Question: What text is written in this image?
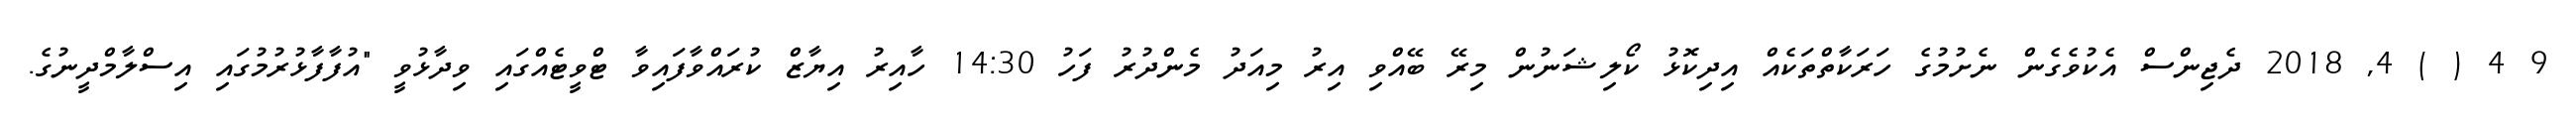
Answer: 9 4 ( ) 4, 2018 ދެޖިންސް އެކުވެގެން ނެށުމުގެ ހަރަކާތްތަކެއް އިދިކޮޅު ކޯލިޝަނުން މިރޭ ބޭއްވި އިރު މިއަދު މެންދުރު ފަހު 14:30 ހާއިރު އިޔާޒް ކުރައްވާފައިވާ ޓްވީޓެއްގައި ވިދާޅުވީ "އުފާފާޅުރުމުގައި އިސްލާމްދީނުގެ.